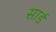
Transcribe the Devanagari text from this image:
सार्ड